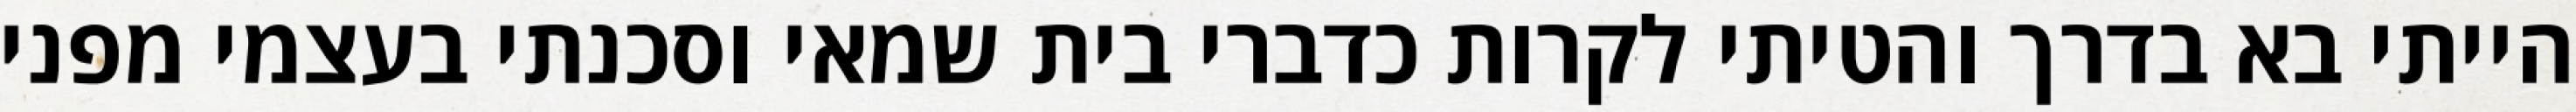
הייתי בא בדרך והטיתי לקרות כדברי בית שמאי וסכנתי בעצמי מפני